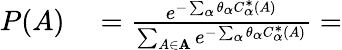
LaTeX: \begin{array}{rl}{P(A)}&{{}=\frac{e^{-\sum_{\alpha}\theta_{\alpha}C_{\alpha}^{*}(A)}}{\sum_{A\in\mathbf{A}}e^{-\sum_{\alpha}\theta_{\alpha}C_{\alpha}^{*}(A)}}=}\end{array}